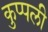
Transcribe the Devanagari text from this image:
कुप्पली